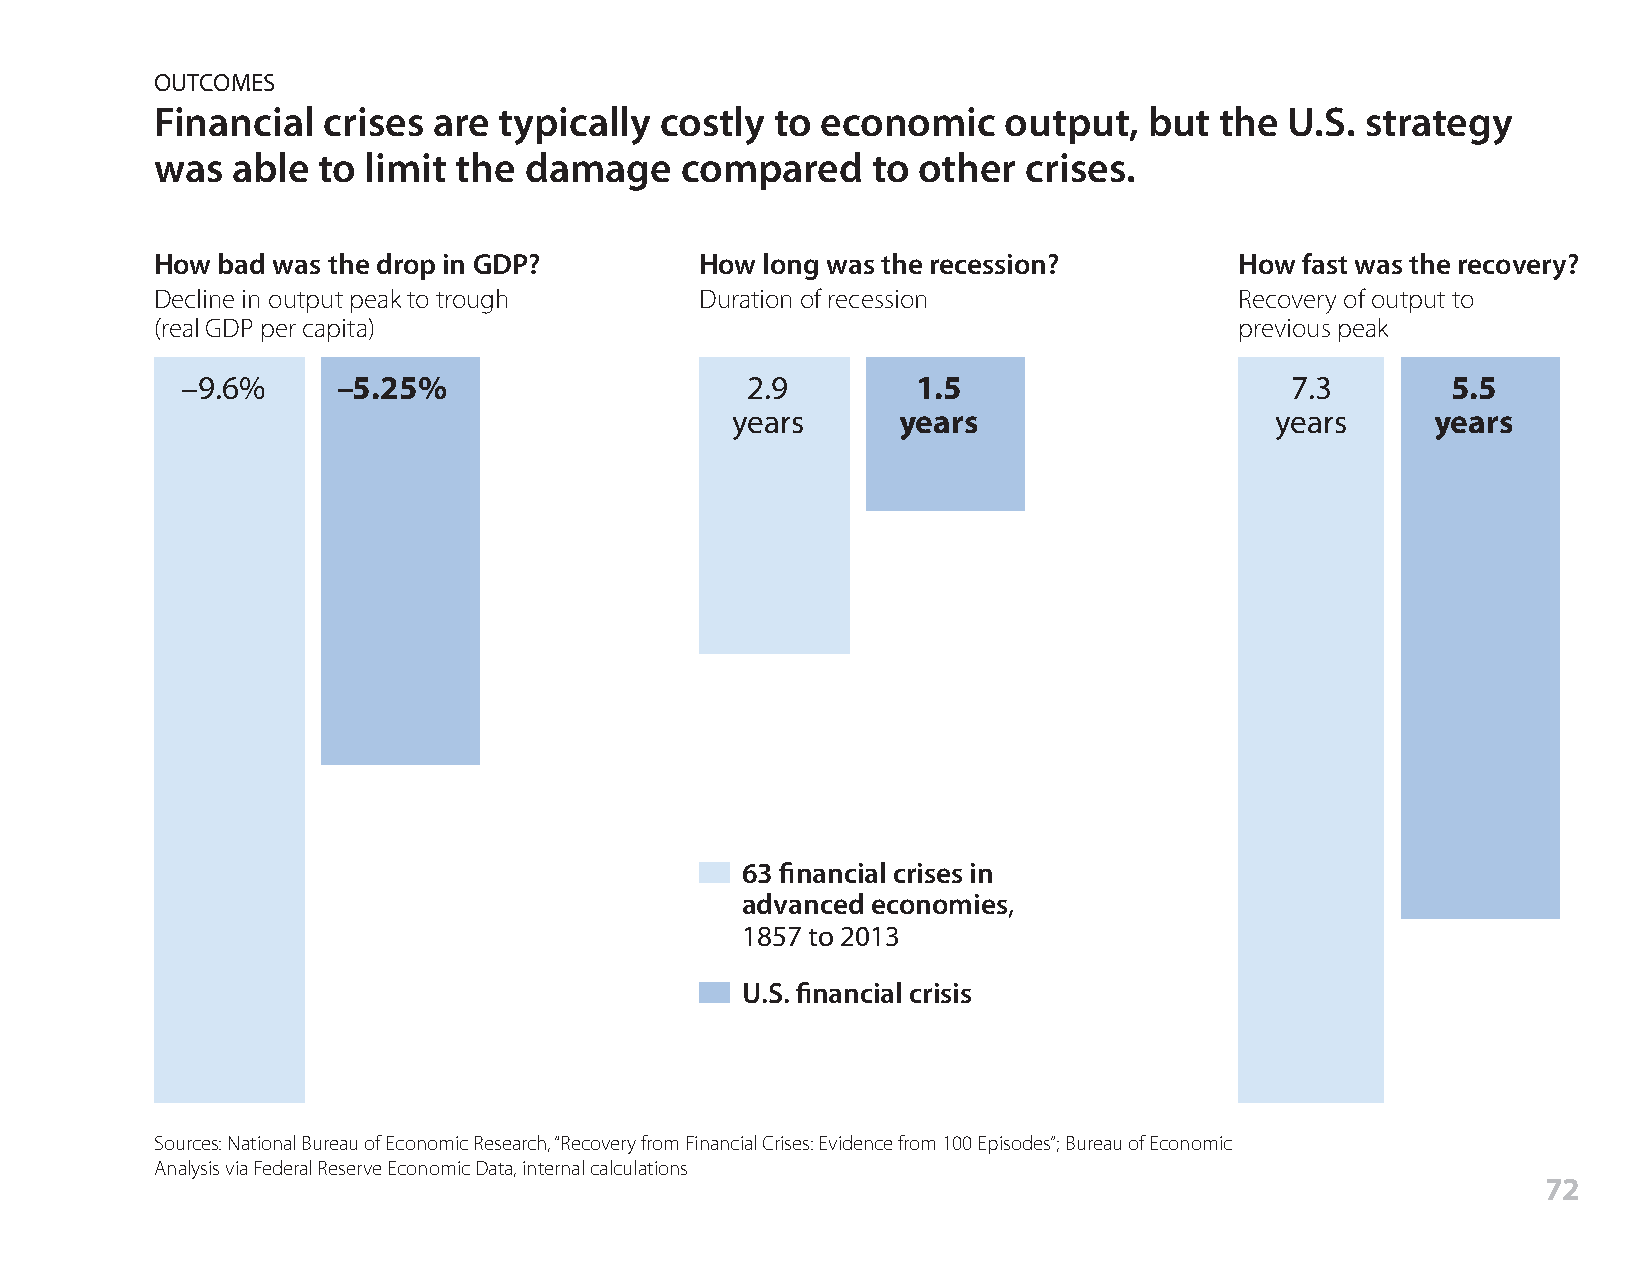
OUTCOMES
 Financial  crises  are typically  costly to economic     output,  but  the U.S. strategy
 was  able  to limit the  damage    compared     to other  crises.
 How bad was the drop in GDP?        How long was the recession?         How fast was the recovery?
 Decline in output peak to trough    Duration of recession               Recovery of output to
 (real GDP per capita)                                                   previous peak
 –9.6%     –5.25%                     2.9         1.5                     7.3        5.5
 years      years                    years      years
 63 financial crises in
 advanced economies,
 1857 to 2013
 U.S. financial crisis
 Sources: National Bureau of Economic Research, “Recovery from Financial Crises: Evidence from 100 Episodes”; Bureau of Economic
 Analysis via Federal Reserve Economic Data, internal calculations
 72